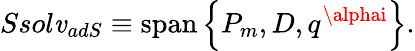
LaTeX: Ssol\mathit{v}_{adS}\equiv\mathrm{{span}}\left\{ P_{m},D,q^{\alphai}\right\} .